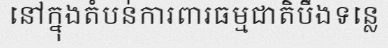
នៅក្នុងតំបន់ការពារធម្មជាតិបឹងទន្លេ